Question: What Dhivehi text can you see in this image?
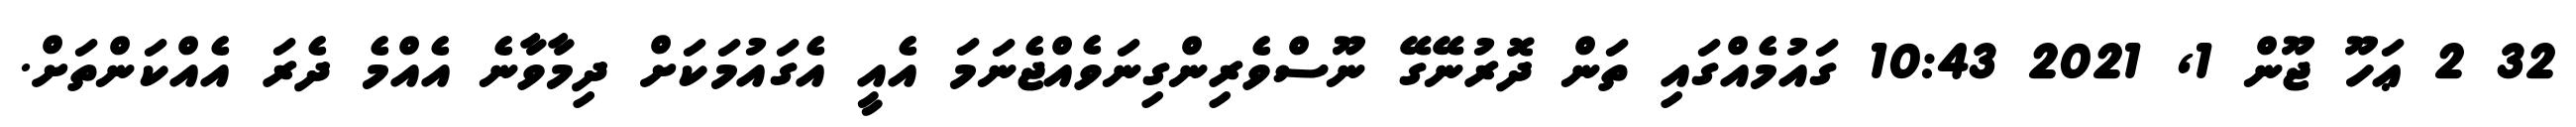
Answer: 32 2 ޢަހޫ ޖޫން 1, 2021 10:43 ގައުމެއްގައި ތަން ދޮރުނޭގޭ ނޫސްވެރިންގިނަވެއްޖެނަމަ އެއީ އެގައުމަކަށް ދިމާވާނެ އެއްމެ ދެރަ އެއްކަންތަށް.